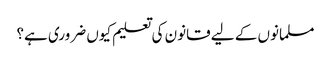
مسلمانوں کے لیے قانون کی تعلیم کیوں ضروری ہے؟